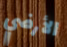
الأرضي